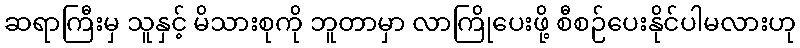
ဆရာကြီးမှ သူနှင့် မိသားစုကို ဘူတာမှာ လာကြိုပေးဖို့ စီစဉ်ပေးနိုင်ပါမလားဟု